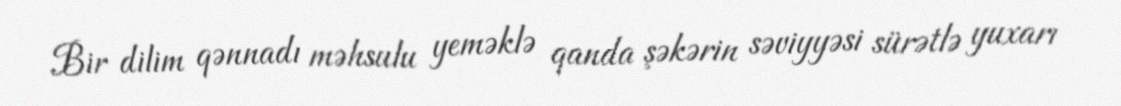
Bir dilim qənnadı məhsulu yeməklə qanda şəkərin səviyyəsi sürətlə yuxarı